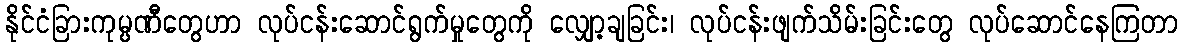
နိုင်ငံခြားကုမ္ပဏီတွေဟာ လုပ်ငန်းဆောင်ရွက်မှုတွေကို လျှော့ချခြင်း၊ လုပ်ငန်းဖျက်သိမ်းခြင်းတွေ လုပ်ဆောင်နေကြတာ